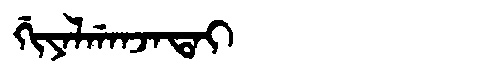
Manchu: ᡤᡳᠶᠠᠯᡤᠠᠨᠵᠠᡨᠠᡳ
Romanization: GIYALGANJATAI